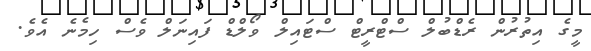
މީގެ އިތުރުން ރެޑްބުލް ސްޓްރީޓް ސްޓައިލް ވޯލްޑް ފައިނަލް ވެސް ހިމެނެ އެވެ.